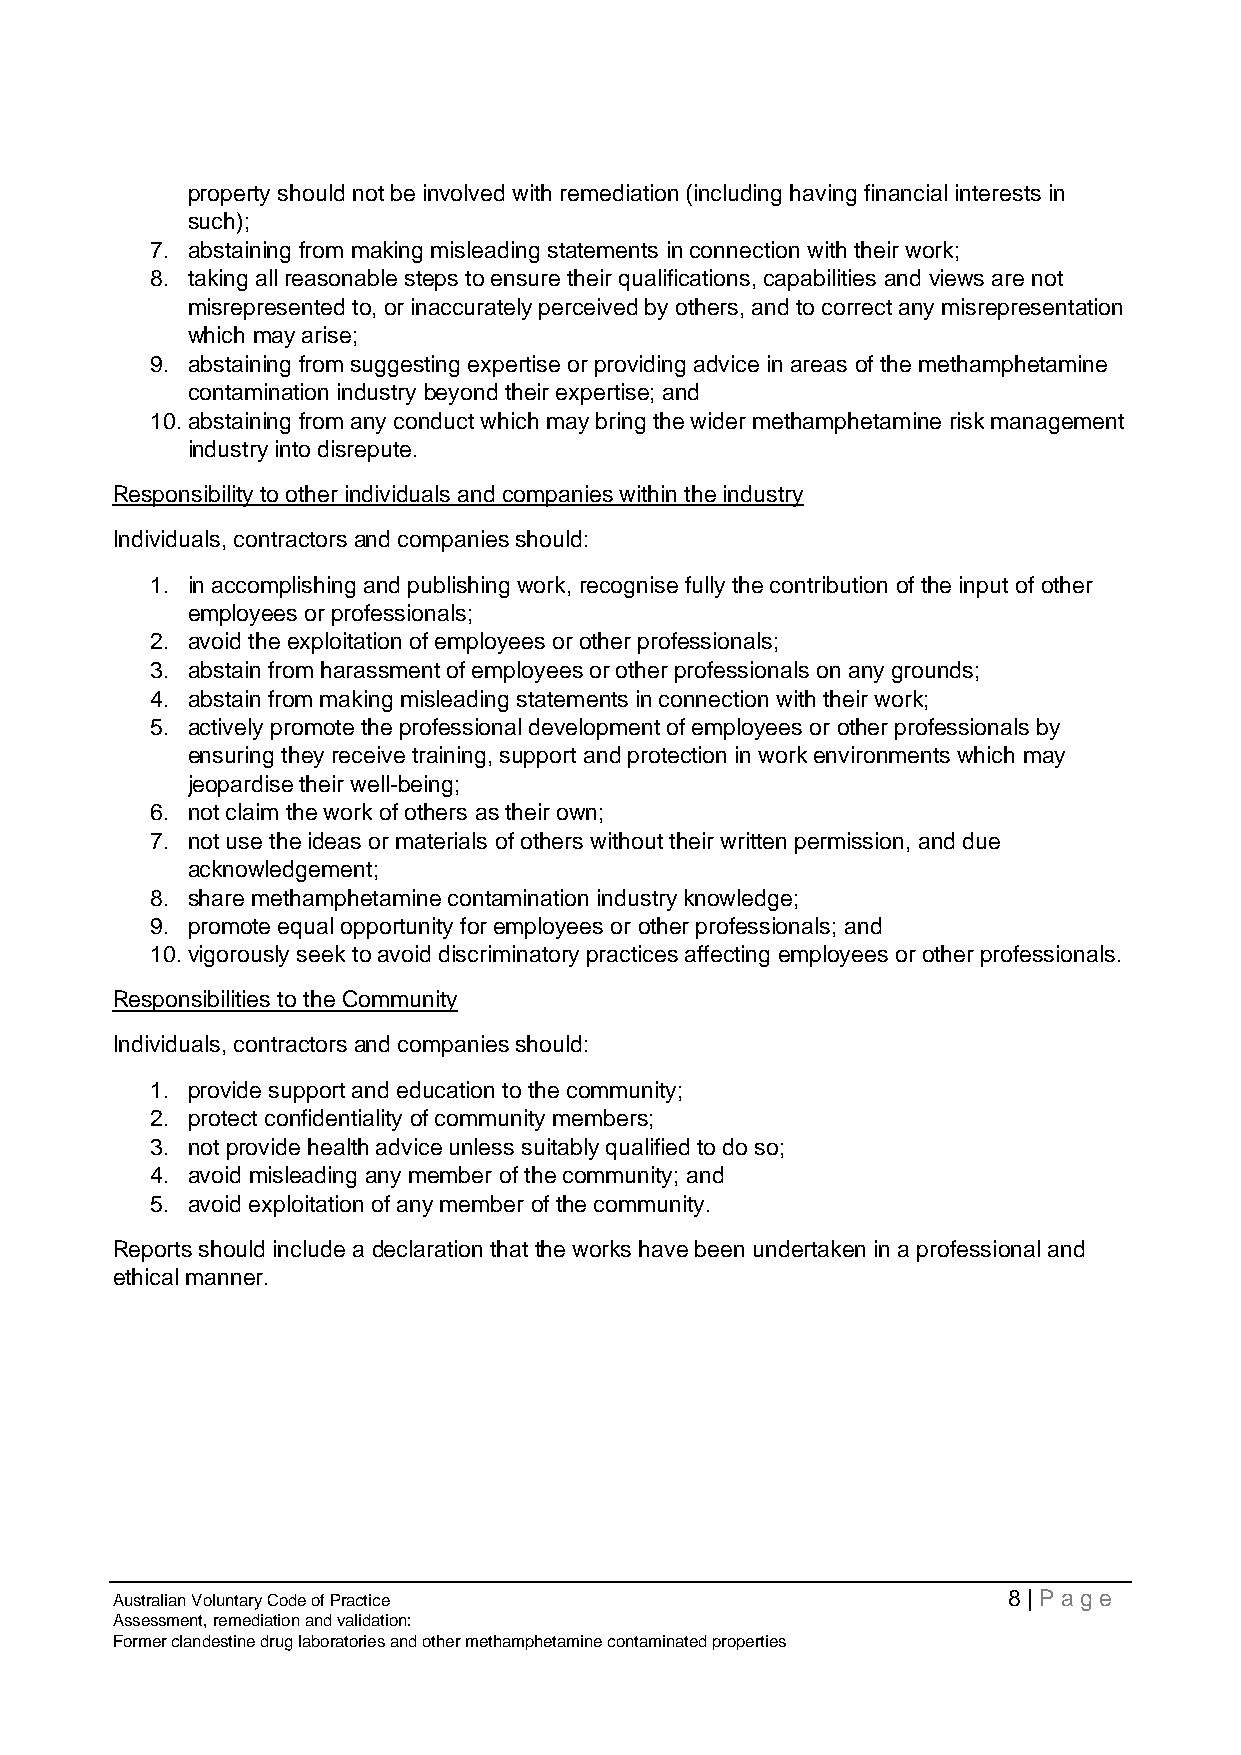
property should not be involved with remediation (including having financial interests in
 such);
 7. abstaining from making misleading statements in connection with their work;
 8. taking all reasonable steps to ensure their qualifications, capabilities and views are not
 misrepresented to, or inaccurately perceived by others, and to correct any misrepresentation
 which may arise;
 9. abstaining from suggesting expertise or providing advice in areas of the methamphetamine
 contamination industry beyond their expertise; and
 10. abstaining from any conduct which may bring the wider methamphetamine risk management
 industry into disrepute.
 Responsibility to other individuals and companies within the industry
 Individuals, contractors and companies should:
 1. in accomplishing and publishing work, recognise fully the contribution of the input of other
 employees or professionals;
 2. avoid the exploitation of employees or other professionals;
 3. abstain from harassment of employees or other professionals on any grounds;
 4. abstain from making misleading statements in connection with their work;
 5. actively promote the professional development of employees or other professionals by
 ensuring they receive training, support and protection in work environments which may
 jeopardise their well-being;
 6. not claim the work of others as their own;
 7. not use the ideas or materials of others without their written permission, and due
 acknowledgement;
 8. share methamphetamine contamination industry knowledge;
 9. promote equal opportunity for employees or other professionals; and
 10. vigorously seek to avoid discriminatory practices affecting employees or other professionals.
 Responsibilities to the Community
 Individuals, contractors and companies should:
 1. provide support and education to the community;
 2. protect confidentiality of community members;
 3. not provide health advice unless suitably qualified to do so;
 4. avoid misleading any member of the community; and
 5. avoid exploitation of any member of the community.
 Reports should include a declaration that the works have been undertaken in a professional and
 ethical manner.
 Australian Voluntary Code of Practice                       8 | Page
 Assessment, remediation and validation:
 Former clandestine drug laboratories and other methamphetamine contaminated properties